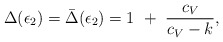
\begin{align*}\Delta(\epsilon_2)=\bar\Delta(\epsilon_2)=1~+~{c_V\over c_V-k},\end{align*}